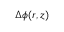
\Delta \phi ( r , z )